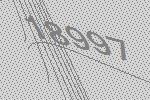
18997